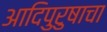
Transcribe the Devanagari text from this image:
आदिपुरुषाचा